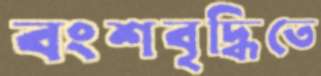
বংশবৃদ্ধিতে